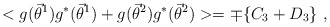
\begin{align*}<g({\vec{\theta}}^{1})g^{*}({\vec{\theta}}^{1}) +g({\vec{\theta}}^{2})g^{*}({\vec{\theta}}^{2}) > = \mp \{ C_{3} + D_{3} \} \ ,\end{align*}